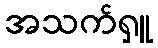
အသက်ရှူ